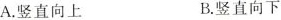
A.竖直向上B.竖直向下